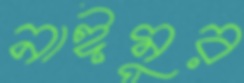
নাঈমুর